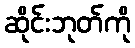
ဆိုင်းဘုတ်ကို